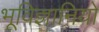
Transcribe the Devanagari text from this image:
भूविज्ञानियो